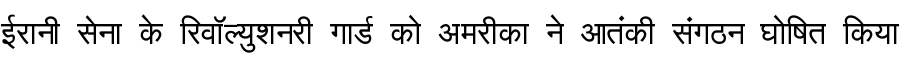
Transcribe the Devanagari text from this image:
ईरानी सेना के रिवॉल्युशनरी गार्ड को अमरीका ने आतंकी संगठन घोषित किया